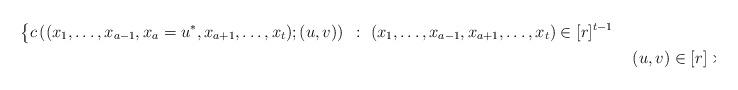
LaTeX: \begin{align*}&\big\{c\left((x_1,\ldots,x_{a-1}, x_{a} = u^{\ast}, x_{a+1},\ldots, x_t); (u, v)\right)~:~(x_1,\ldots, x_{a-1}, x_{a+1},\ldots, x_t) \in [r]^{t-1} \\&~~~~~~~~~~~~~~~~~~~~~~~~~~~~~~~~~~~~~~~~~~~~~~~~~~~~~~~~~~~~~~~~~~~~~~~~~~~~~~~~~~~~~~~~~~~~~~~~~~~~~~~~~~~~~~~~~({u}, {v}) \in [r] \times [s]\big\}.\end{align*}